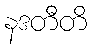
နဒတီတိ